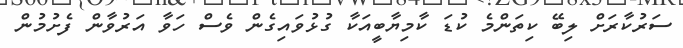
ސަރުކާރަށް ލިބޭ ކިތަންމެ ކުޑަ ކާމިޔާބީއަކާ ގުޅުވައިގެން ވެސް ހަވާ އަރުވާން ފެށުމުން